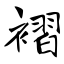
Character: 褶